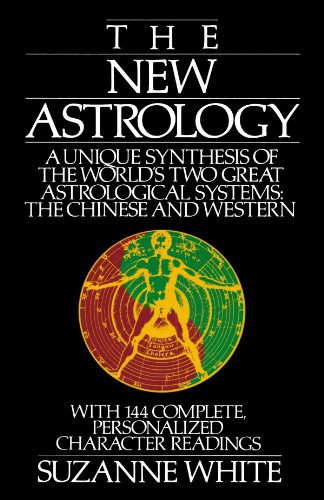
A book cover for The New Astrology: A Unique Synthesis of the World's Two Great Astrological Systems: The Chinese and Western; Suzanne White; Religion & Spirituality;